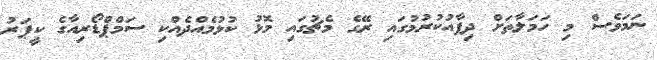
ނަމަވެސް މި ހަމަލާތަށް ދިފާއުކުރުމުގައި ރޭގެ މެޗުގައި މޮޅު ކުޅުމެއްދެއްކި ސަމްޕްޑޯރިއާގެ ކީޕަރު